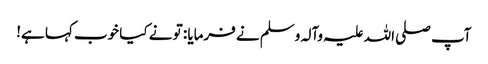
آپ صلی اللہ علیہ وآلہ وسلم نے فرمایا : تو نے کیا خوب کہا ہے!